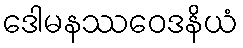
ဒေါမနဿဝေဒနိယံ